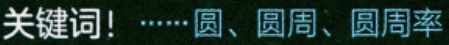
关键词！……圆、圆周、圆周率